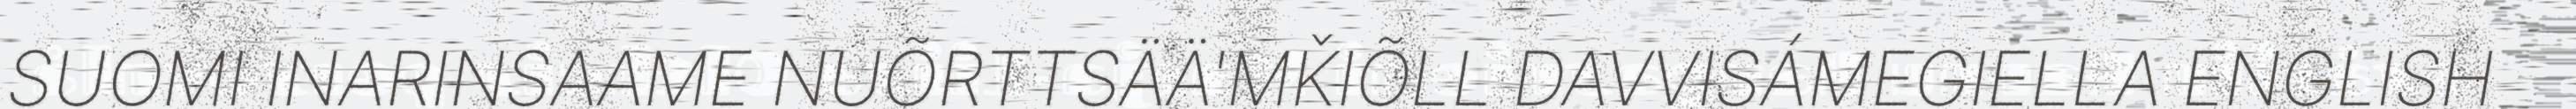
SUOMI INARINSAAME NUÕRTTSÄÄ'MǨIÕLL DAVVISÁMEGIELLA ENGLISH